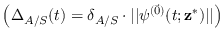
\left( \Delta _ { A / S } ( t ) = \delta _ { A / S } \cdot \vert \vert \psi ^ { ( \vec { 0 } ) } ( t ; \mathbf { z } ^ { * } ) \vert \vert \right)